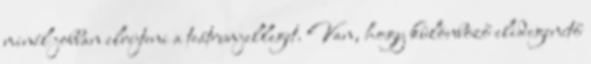
minél jobban elrejteni a teátrumjelleget. Van, hogy különböző elidegenítő